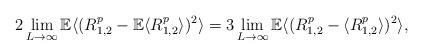
LaTeX: \begin{align*}2\lim_{L \rightarrow \infty} {\mathbb E}\langle (R_{1,2}^p -{\mathbb E}\langle R_{1,2} ^p\rangle )^2 \rangle=3\lim_{L \rightarrow \infty} {\mathbb E}\langle (R_{1,2}^p -\langle R_{1,2} ^p\rangle )^2 \rangle,\end{align*}